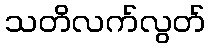
သတိလက်လွတ်